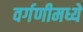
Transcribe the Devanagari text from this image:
वर्गणीमध्ये